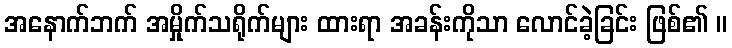
အနောက်ဘက် အမှိုက်သရိုက်များ ထားရာ အခန်းကိုသာ လောင်ခဲ့ခြင်း ဖြစ်၏ ။